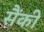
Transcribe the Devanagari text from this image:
सैंकी